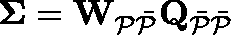
\mathbf { \Sigma } = \mathbf { W } _ { \mathcal { P \Bar { P } } } \mathbf { Q } _ { \mathcal { \Bar { P } \Bar { P } } }